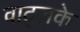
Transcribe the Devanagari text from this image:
वाट्ज़के